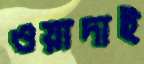
ওয়াদাই